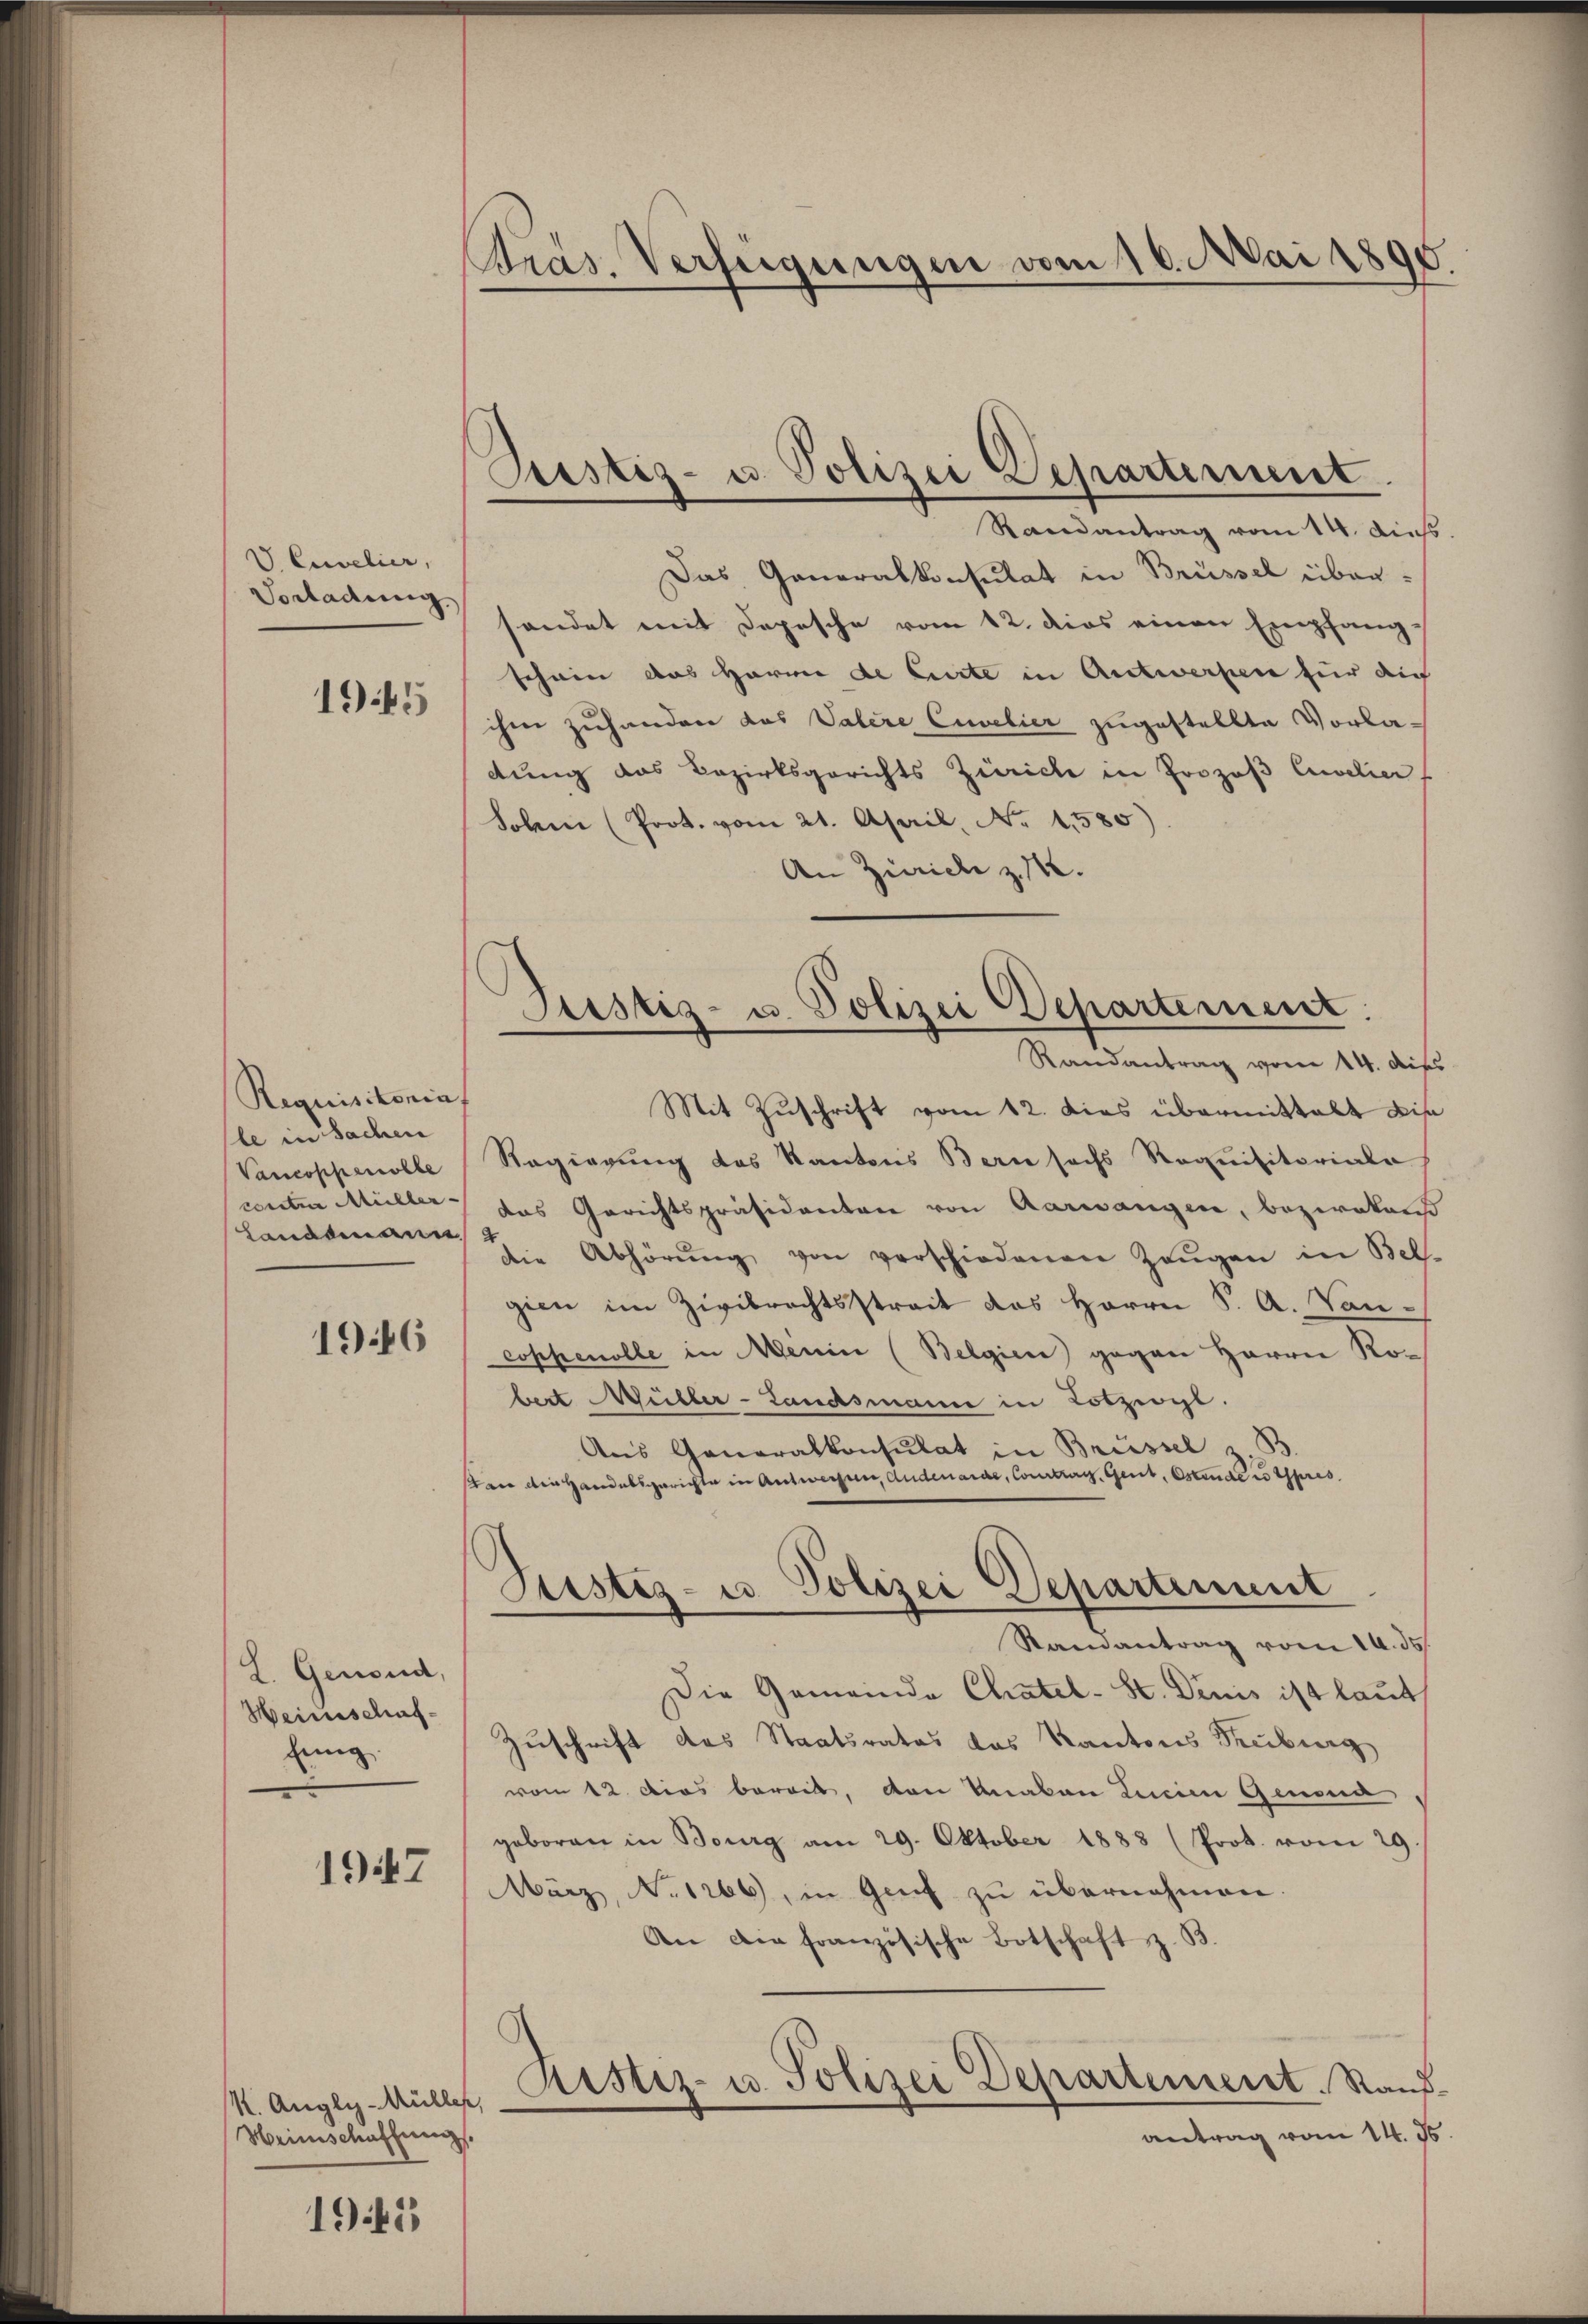
VCuwelier,
Vorladung
1945

Requisitoniat
le in Sachen
Vancoppenolle
contin Müller-
Landsmann

1946

L. Genoud,
Heinschaffing.

1947

k. Augly-Müller,
Heinschaffnung.

1945

Pras. Verfügungen vom 16. Mai 1890.

Das Generalkonsulat in Brüssel übersendet mit Depesche vom 12. dies einen Empfangschein das Harrer de Carte in Antwerpen für die
ihm zuhanden das Vatere Cuelier zugestellte Vorladung das Bezirksgerichts Zürich in Prozoβ Cuvelier
Sohn (Prot. vom 21. April, No 1580)
An Zürich z. 142.
Mit Zuschrift vom 12. dies übermittalt bis
Regierung des Kantons Bern sechs Requisitoriale
das Gerichtspräsidenten von Aarwangen, bezwakan
die Abhörŭng von verschiedenen Zeŭgen in Bel-
gien im Zivilrechtsstreit das Herrn S. A. Van-
Coppenolle in Menin (Belgiere gegen Herren Ron
bert Weiller-Landsmann in Lotziogl.
Aus Generalkonsulat in Brüssel z
sten die Handelsgerichte in Antwersten, Anderarde, Courtrag, Gent, Ostende es pres
Sistiz- u. Polizei Departement
Samantrag vom 10. ds.
Die Gemeinde Chatel-St. Denis ist laut
Zuschrift des Staatsrates des Kantons Treiburg
vom 12. Dies bereit, von Unaban Lucian Genona
geboren in Bourg am 29. Oktober 1888 (Prot. vom 29.
März, No 1266, in Genf zŭ übernahmen.
An die französische Botschaft z. B.
Ristiz- u. Polizei Departement. Rand
antrag vom 14. J.

Justiz- u. Polizei Departerienst
Randantrag vom 14. dies

Justiz- u. Polizei Departement.
Randantrag vom 14. dies